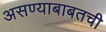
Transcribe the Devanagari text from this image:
असण्याबाबतची